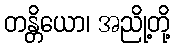
တန္တိယော၊ အညို့တို့